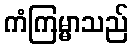
ကံကြမ္မာသည်